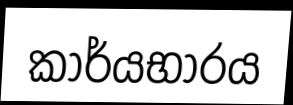
කාර්යභාරය